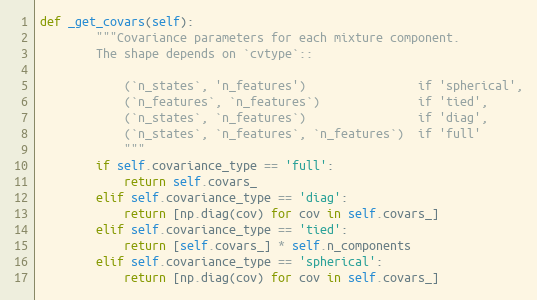
Language: Python
def _get_covars(self):
        """Covariance parameters for each mixture component.
        The shape depends on `cvtype`::

            (`n_states`, 'n_features')                if 'spherical',
            (`n_features`, `n_features`)              if 'tied',
            (`n_states`, `n_features`)                if 'diag',
            (`n_states`, `n_features`, `n_features`)  if 'full'
            """
        if self.covariance_type == 'full':
            return self.covars_
        elif self.covariance_type == 'diag':
            return [np.diag(cov) for cov in self.covars_]
        elif self.covariance_type == 'tied':
            return [self.covars_] * self.n_components
        elif self.covariance_type == 'spherical':
            return [np.diag(cov) for cov in self.covars_]